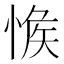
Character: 𢜴